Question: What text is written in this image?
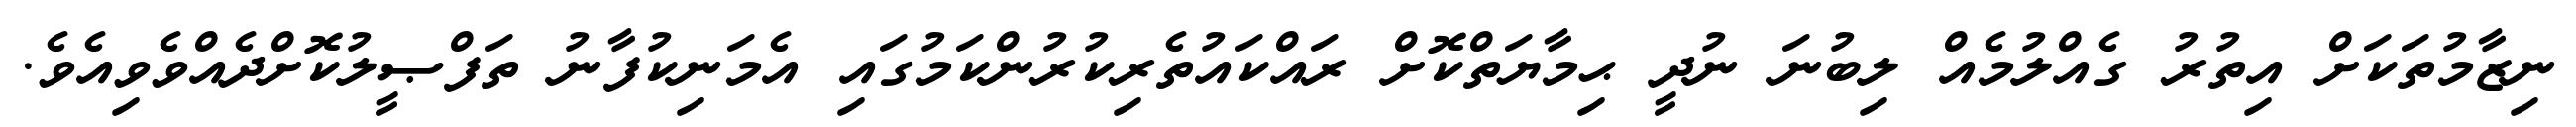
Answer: ނިޒާމުތަކަށް އިތުރު ގެއްލުމެއް ލިބުނަ ނުދީ ޙިމާޔަތްކޮށް ރައްކައުތެރިކުރުންކަމުގައި އެމަނިކުފާނު ތަފްޞީލުކޮށްދެއްވެވިއެވެ.